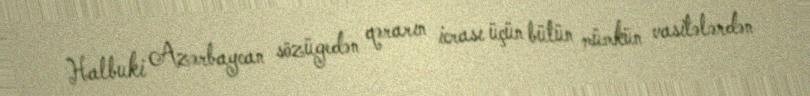
Halbuki Azərbaycan sözügedən qərarın icrası üçün bütün mümkün vasitələrdən